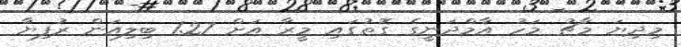
މިދިޔަ މާޗު މަހު އާމްދަނީގެ ގޮތުގައި މީރާ އަށް 1.27 ބިލިއަން ރުފިޔާ